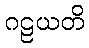
ဂဠယတိ